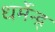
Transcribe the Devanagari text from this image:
धर्मेन्द्र्